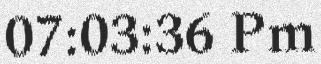
07:03:36 Pm